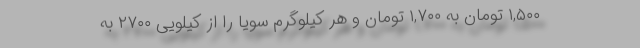
۱,۵۰۰ تومان به ۱,۷۰۰ تومان و هر کیلوگرم سویا را از کیلویی ۲۷۰۰ به